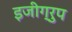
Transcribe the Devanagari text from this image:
इजीग्रुप